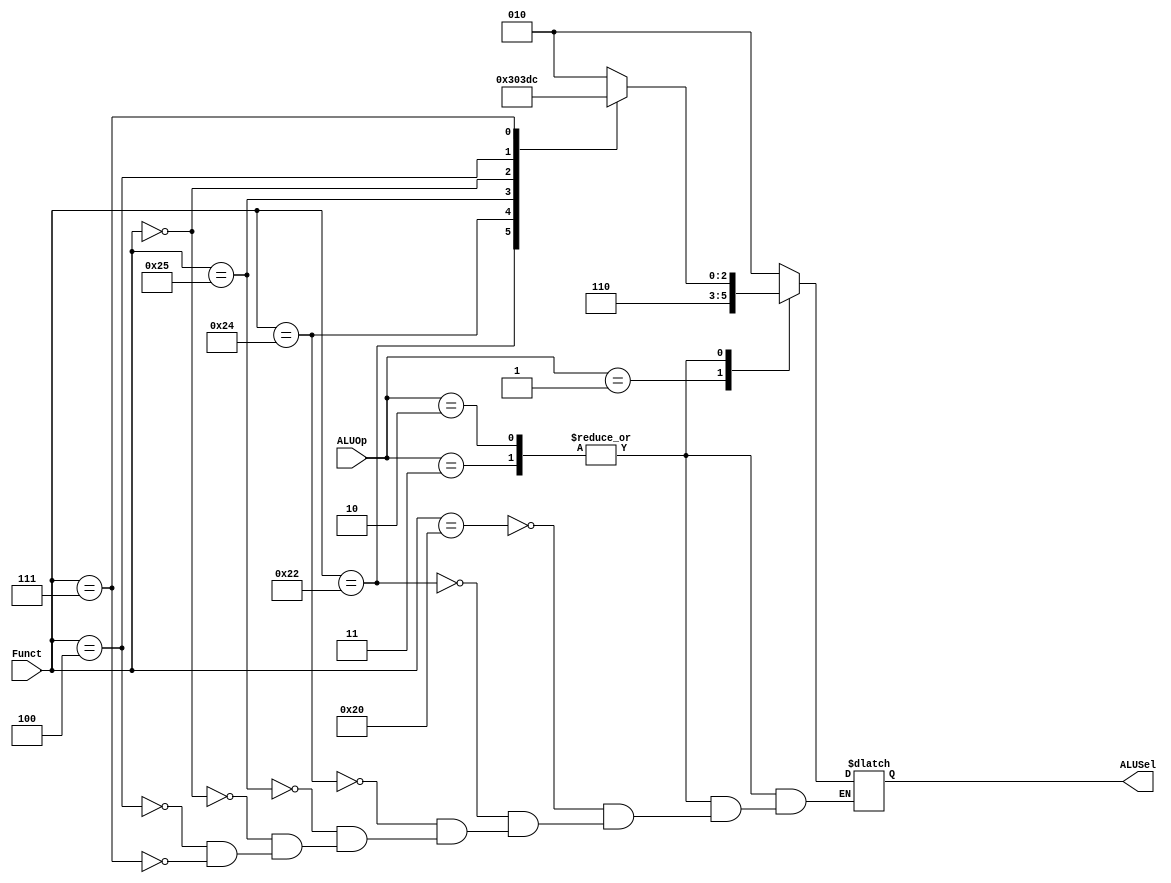

`timescale 1ns / 1ps

module ALUDecoder(
        input [5:0] Funct,
        input [1:0] ALUOp,
        output reg [2:0] ALUSel
    );

always @* begin
   case(ALUOp)
        2'b00: ALUSel=3'b010;
        2'b01: ALUSel=3'b110;
        2'b10, 2'b11: begin case(Funct)
                        6'b100000: ALUSel=3'b010;   //  add
                        6'b100010: ALUSel=3'b110;   //  subtract
                        6'b100100: ALUSel=3'b000;   //  and
                        6'b100101: ALUSel=3'b001;   //  or
                        6'b000000: ALUSel=3'b111;   //  sll
                        6'b000100: ALUSel=3'b011;   //  sllv
                        6'b000111: ALUSel=3'b100;   //  srav
                    endcase end
   endcase 
end    
endmodule